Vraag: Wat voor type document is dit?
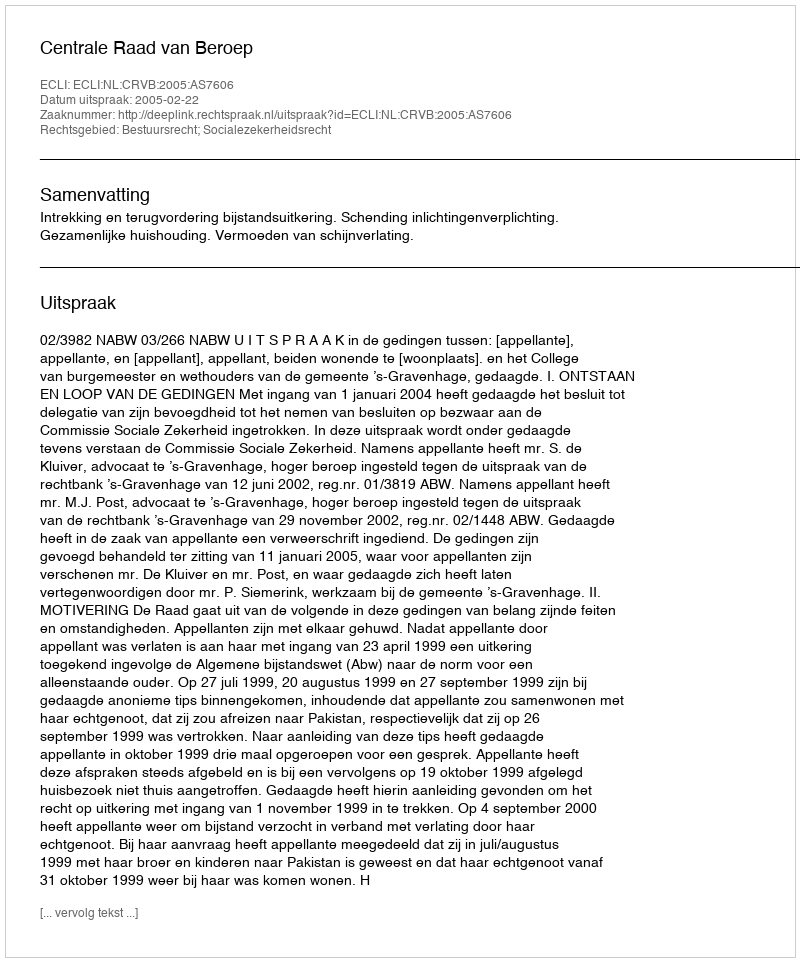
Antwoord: Uitspraak